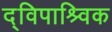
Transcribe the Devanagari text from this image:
द्विपाश्र्विक